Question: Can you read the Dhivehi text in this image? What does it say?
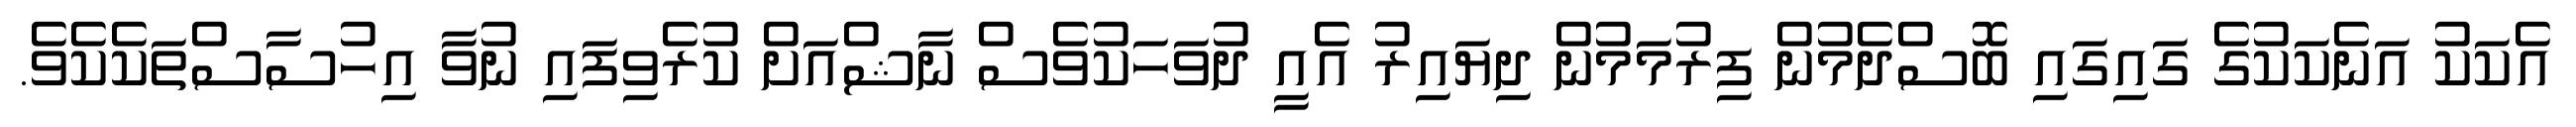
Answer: އެކަކު އަނެކަކުގެ ގައިގައި ބޮސްދެމުން ފިރުމަމުން ދިޔައިރު އެއީ ދުވަހަކުވެސް ނާޝްއަށް ކުރެވިފައި ނުވާ އިހުސާސްތަކެކެވެ.